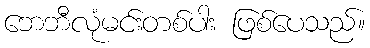
ဘေဘီလုံမင်းတစ်ပါး ဖြစ်ပေသည်။